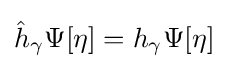
{\hat {h}}_{\gamma }\Psi [\eta ]=h_{\gamma }\Psi [\eta ]